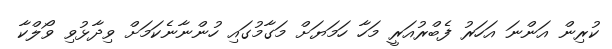
ކުރިން އަންނަ އަހަރު ފެބްރުއަރީ މަހާ ހަމަޔަށް މަގާމުގައި ހުންނާނެކަމަށް ވިދާޅުވި ވޯލްކާ